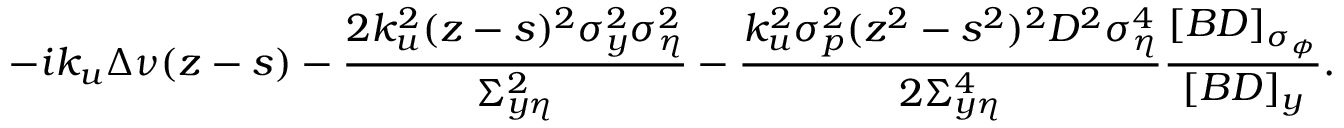
- i k _ { u } \Delta \nu ( z - s ) - \frac { 2 k _ { u } ^ { 2 } ( z - s ) ^ { 2 } \sigma _ { y } ^ { 2 } \sigma _ { \eta } ^ { 2 } } { \Sigma _ { y \eta } ^ { 2 } } - \frac { k _ { u } ^ { 2 } \sigma _ { p } ^ { 2 } ( z ^ { 2 } - s ^ { 2 } ) ^ { 2 } D ^ { 2 } \sigma _ { \eta } ^ { 4 } } { 2 \Sigma _ { y \eta } ^ { 4 } } \frac { [ B D ] _ { \sigma _ { \phi } } } { [ B D ] _ { y } } .